Rangoon Lunatic Asylum 1893-1897 - 1893-1897
Year: 1893
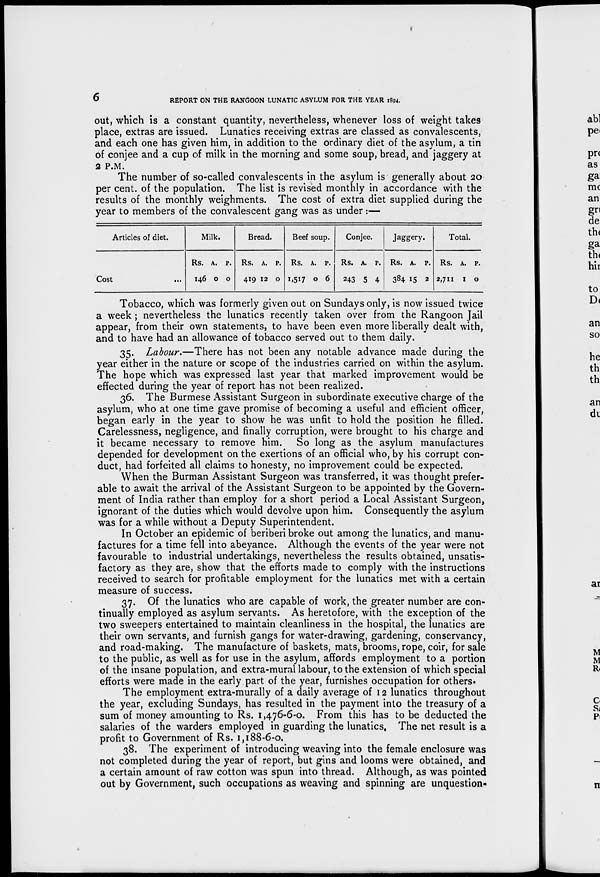
6
REPORT ON THE RANGOON LUNATIC ASYLUM FOR THE YEAR 1894.
out, which is a constant quantity, nevertheless, whenever loss of weight takes
place, extras are issued. Lunatics receiving extras are classed as convalescents,
and each one has given him, in addition to the ordinary diet of the asylum, a tin
of conjee and a cup of milk in the morning and some soup, bread, and jaggery at
2 P.M.
The number of so-called convalescents in the asylum is generally about 20
per cent. of the population. The list is revised monthly in accordance with the
results of the monthly weighments. The cost of extra diet supplied during the
year to members of the convalescent gang was as under:—
Articles of diet.
Cost
...
Milk.
Rs.
146
A.
0
P.
0
Bread.
Rs.
419
A.
12
P.
0
Beef soup.
Rs.
1.5I7
A.
0
P.
6
Conjee.
Rs.
243
A.
5
P.
4
Jaggery.
Rs.
384
A.
15
P.
2
Total.
Rs.
2,711
A.
1
P.
0
Tobacco, which was formerly given out on Sundays only, is now issued twice
a week ; nevertheless the lunatics recently taken over from the Rangoon Jail
appear, from their own statements, to have been even more liberally dealt with,
and to have had an allowance of tobacco served out to them daily.
35. Labour.—There has not been any notable advance made during the
year either in the nature or scope of the industries carried on within the asylum.
The hope which was expressed last year that marked improvement would be
effected during the year of report has not been realized.
36. The Burmese Assistant Surgeon in subordinate executive charge of the
asylum, who at one time gave promise of becoming a useful and efficient officer,
began early in the year to show he was unfit to hold the position he filled.
Carelessness, negligence, and finally corruption, were brought to his charge and
it became necessary to remove him. So long as the asylum manufactures
depended for development on the exertions of an official who, by his corrupt con-
duct, had forfeited all claims to honesty, no improvement could be expected.
When the Burman Assistant Surgeon was transferred, it was thought prefer-
able to await the arrival of the Assistant Surgeon to be appointed by the Govern-
ment of India rather than employ for a short period a Local Assistant Surgeon,
ignorant of the duties which would devolve upon him. Consequently the asylum
was for a while without a Deputy Superintendent.
In October an epidemic of beriberi broke out among the lunatics, and manu-
factures for a time fell into abeyance. Although the events of the year were not
favourable to industrial undertakings, nevertheless the results obtained, unsatis-
factory as they are, show that the efforts made to comply with the instructions
received to search for profitable employment for the lunatics met with a certain
measure of success.
37. Of the lunatics who are capable of work, the greater number are con-
tinually employed as asylum servants. As heretofore, with the exception of the
two sweepers entertained to maintain cleanliness in the hospital, the lunatics are
their own servants, and furnish gangs for water-drawing, gardening, conservancy,
and road-making. The manufacture of baskets, mats, brooms, rope, coir, for sale
to the public, as well as for use in the asylum, affords employment to a portion
of the insane population, and extra-mural labour, to the extension of which special
efforts were made in the early part of the year, furnishes occupation for others.
The employment extra-murally of a daily average of 12 lunatics throughout
the year, excluding Sundays, has resulted in the payment into the treasury of a
sum of money amounting to Rs. 1,476-6-0. From this has to be deducted the
salaries of the warders employed in guarding the lunatics. The net result is a
profit to Government of Rs. 1,188-6-0.
38. The experiment of introducing weaving into the female enclosure was
not completed during the year of report, but gins and looms were obtained, and
a certain amount of raw cotton was spun into thread. Although, as was pointed
out by Government, such occupations as weaving and spinning are unquestion-